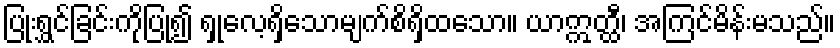
ပြုံးရွှင်ခြင်းကိုပြု၍ ရှုလေ့ရှိသောမျက်စိရှိထသော။ ယာဣတ္ထီ၊ အကြင်မိန်းမသည်။